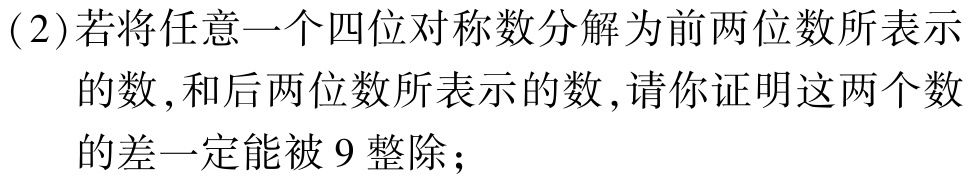
(2)若将任意一个四位对称数分解为前两位数所表示的数,和后两位数所表示的数,请你证明这两个数的差一定能被$9$整除;